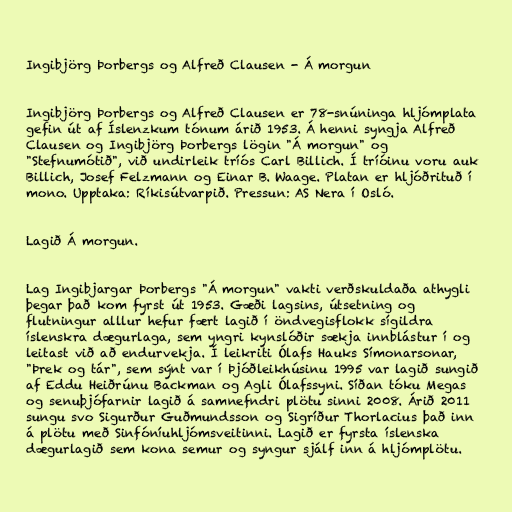
Ingibjörg Þorbergs og Alfreð Clausen - Á morgun

Ingibjörg Þorbergs og Alfreð Clausen er 78-snúninga hljómplata
gefin út af Íslenzkum tónum árið 1953. Á henni syngja Alfreð
Clausen og Ingibjörg Þorbergs lögin "Á morgun" og
"Stefnumótið", við undirleik tríós Carl Billich. Í tríóinu voru auk
Billich, Josef Felzmann og Einar B. Waage. Platan er hljóðrituð í
mono. Upptaka: Ríkisútvarpið. Pressun: AS Nera í Osló.

Lagið Á morgun.

Lag Ingibjargar Þorbergs "Á morgun" vakti verðskuldaða athygli
þegar það kom fyrst út 1953. Gæði lagsins, útsetning og
flutningur alllur hefur fært lagið í öndvegisflokk sígildra
íslenskra dægurlaga, sem yngri kynslóðir sækja innblástur í og
leitast við að endurvekja. Í leikriti Ólafs Hauks Símonarsonar,
"Þrek og tár", sem sýnt var í Þjóðleikhúsinu 1995 var lagið sungið
af Eddu Heiðrúnu Backman og Agli Ólafssyni. Síðan tóku Megas
og senuþjófarnir lagið á samnefndri plötu sinni 2008. Árið 2011
sungu svo Sigurður Guðmundsson og Sigríður Thorlacius það inn
á plötu með Sinfóníuhljómsveitinni. Lagið er fyrsta íslenska
dægurlagið sem kona semur og syngur sjálf inn á hljómplötu.